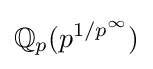
\mathbb {Q} _{p}(p^{1/p^{\infty }})